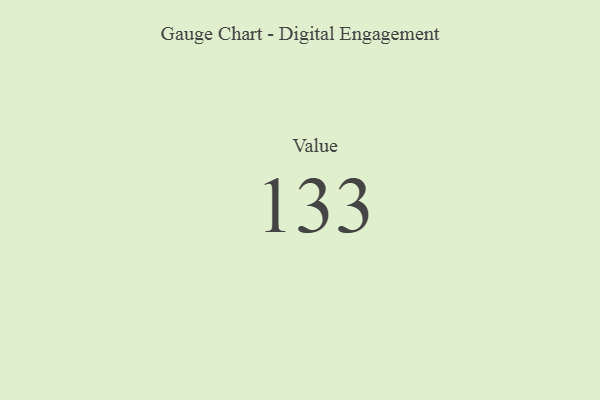
{"axis": {"x": "Metric", "y": "Value"}, "legend": [""], "data": [{"x": "Value", "y": 133, "type": ""}]}